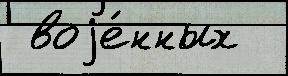
 воjе́нных